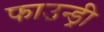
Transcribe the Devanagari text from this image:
फाउन्ड्री